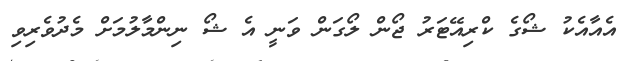
އެއާއެކު ޝޯގެ ކްރިއޭޓަރު ޖޯން ލޯގަން ވަނީ އެ ޝޯ ނިންމާލުމަށް މެދުވެރިވި